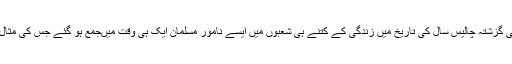
برصغیر کی گزشتہ چالیس سال کی تاریخ میں زندگی کے کتنے ہی شعبوں میں ایسے نامور مسلمان ایک ہی وقت میںجمع ہو گئے جس کی مثال نہیں ملتی۔